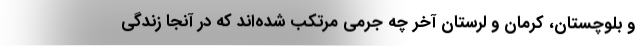
و بلوچستان، کرمان و لرستان آخر چه جرمی مرتکب شده‌اند که در آنجا زندگی